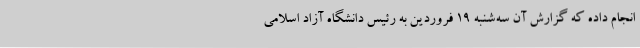
انجام داده که گزارش آن سه‌شنبه 19 فروردین به رئیس دانشگاه آزاد اسلامی